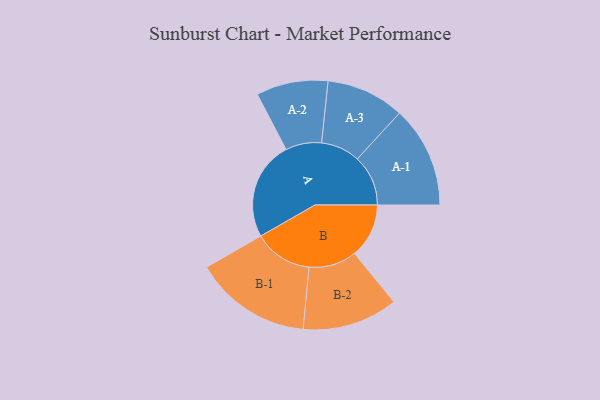
{"axis": {"x": "Segment", "y": "Value"}, "legend": ["", "A", "B"], "data": [{"x": "A", "y": 492, "type": ""}, {"x": "B", "y": 271, "type": ""}, {"x": "A-1", "y": 253, "type": "A"}, {"x": "A-2", "y": 179, "type": "A"}, {"x": "A-3", "y": 195, "type": "A"}, {"x": "B-1", "y": 292, "type": "B"}, {"x": "B-2", "y": 238, "type": "B"}]}